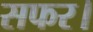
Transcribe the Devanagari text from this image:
सफर।